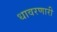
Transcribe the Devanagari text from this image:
धावरणारी